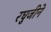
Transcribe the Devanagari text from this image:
रघुजीने